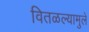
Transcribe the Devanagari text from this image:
वितळल्यामुले